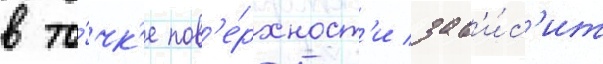
в то́чк'е пов'е́рхност'и зав'и́с'ит